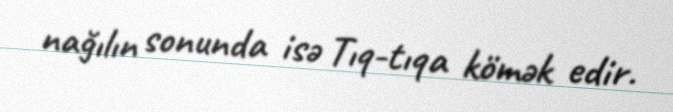
nağılın sonunda isə Tıq-tıqa kömək edir.